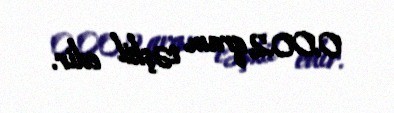
0,002 qram təşkil edir.